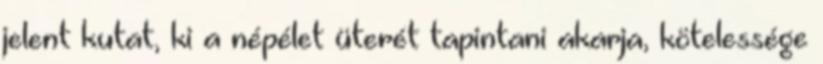
jelent kutat, ki a népélet üterét tapintani akarja, kötelessége